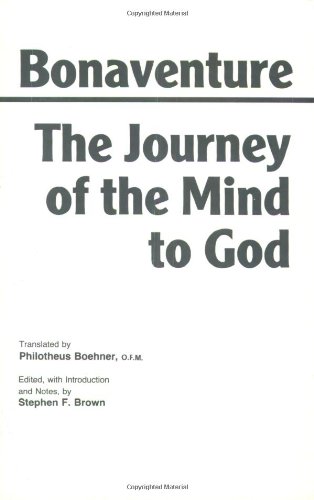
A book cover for The Journey of the Mind to God (Hackett Classics); Bonaventure; Politics & Social Sciences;